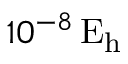
1 0 ^ { - 8 } \, \mathrm { E _ { h } }